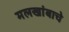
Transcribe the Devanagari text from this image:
मलखांबाचे